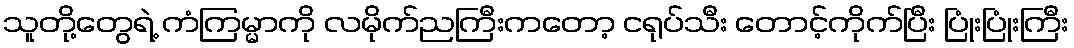
သူတို့တွေရဲ့ ကံကြမ္မာကို လမိုက်ညကြီးကတော့ ငရုပ်သီး တောင့်ကိုက်ပြီး ပြုံးပြုံးကြီး